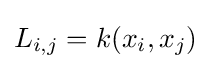
L_{i,j}=k(x_{i},x_{j})